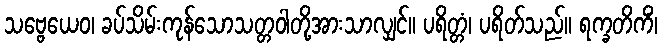
သဗ္ဗေယေဝ၊ ခပ်သိမ်းကုန်သောသတ္တဝါတို့အားသာလျှင်။ ပရိတ္တံ၊ ပရိတ်သည်။ ရက္ခတိကိံ၊